Report on metropolitan horse fairs and district horse shows of 1891-92 - 1891-1892
Year: 1891
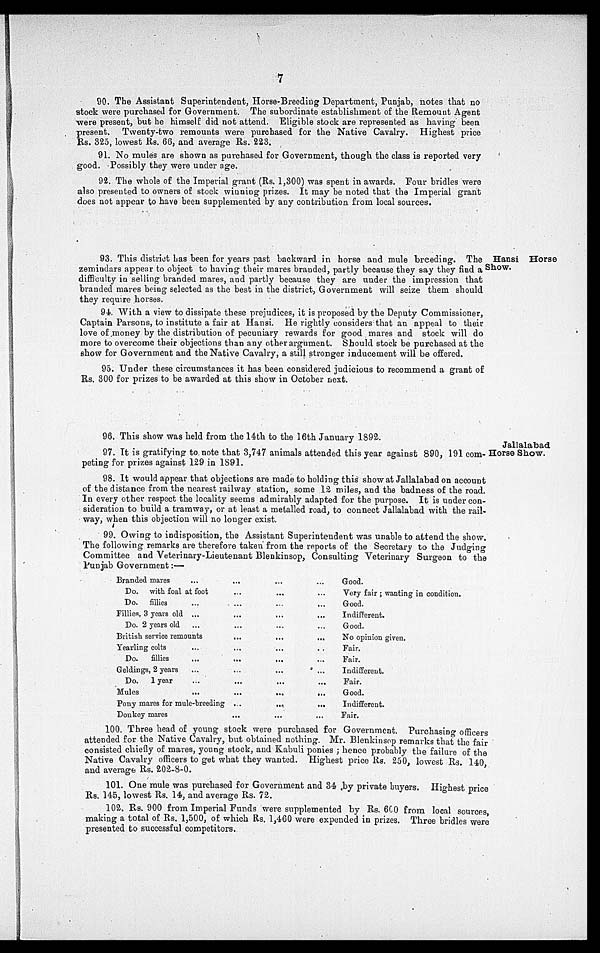
7
90. The Assistant Superintendent, Horse-Breeding Department, Punjab, notes that no
stock were purchased for Government. The subordinate establishment of the Remount Agent
were present, but he himself did not attend. Eligible stock are represented as having been
present. Twenty-two remounts were purchased for the Native Cavalry. Highest price
Rs. 325, lowest Rs. 66, and average Rs. 223.
91. No mules are shown as purchased for Government, though the class is reported very
good. Possibly they were under age.
92. The whole of the Imperial grant (Rs. 1,300) was spent in awards. Four bridles were
also presented to owners of stock winning prizes. It may be noted that the Imperial grant
does not appear to have been supplemented by any contribution from local sources.
Hansi Horse
Show.
93. This district has been for years past backward in horse and mule breeding. The
zemindars appear to object to having their mares branded, partly because they say they find a
difficulty in selling branded mares, and partly because they are under the impression that
branded mares being selected as the best in the district, Government will seize them should
they require horses.
94. With a view to dissipate these prejudices, it is proposed by the Deputy Commissioner,
Captain Parsons, to institute a fair at Hansi. He rightly considers that an appeal to their
love of money by the distribution of pecuniary rewards for good mares and stock will do
more to overcome their objections than any other argument. Should stock be purchased at the
show for Government and the Native Cavalry, a still stronger inducement will be offered.
95. Under these circumstances it has been considered judicious to recommend a grant of
Rs. 300 for prizes to be awarded at this show in October next.
Jallalabad
Horse Show.
96. This show was held from the 14-th to the 16th January 1892.
97. It is gratifying to. note that 3,747 animals attended this year against 890, 191 com-
peting for prizes against 129 in 1891.
98. It would appear that objections are made to holding this show at Jallalabad on account
of the distance from the nearest railway station, some 12 miles, and the badness of the road.
In every other respect the locality seems admirably adapted for the purpose. It is under con-
sideration to build a tramway, or at least a metalled road, to connect Jallalabad with the rail-
way, when this objection will no longer exist.
99. Owing to indisposition, the Assistant Superintendent was unable to attend the show.
The following remarks are therefore taken from the reports of the Secretary to the Judging
Committee and Veterinary-Lieutenant Blenkinsop, Consulting Veterinary Surgeon to the
Punjab Government:—
Branded mares
...
Do. with foal at foot
Do. fillies
Fillies, 3 years old
Do. 2 years old
...
...
...
British service remounts
Yearling colts
Do.
fillies
Geldings, 2 years
Do.
1 year
Mules
...
...
...
...
...
Pony mares for mule-breeding
Donkey mares
...
...
...
...
...
...
...
...
...
...
...
...
...
...
...
...
...
...
...
...
...
...
...
...
...
...
...
...
...
...
...
...
. .
...
...
...
...
...
...
Good.
Very fair; wanting in condition.
Good.
Indifferent.
Good.
No opinion given.
Fair.
Fair.
Indifferent.
Fair.
Good.
Indifferent.
Fair.
100. Three head of young stock were purchased for Government. Purchasing officers
attended for the Native Cavalry, but obtained nothing. Mr. Blenkinsop remarks that the fair
consisted chiefly of mares, young stock, and Kabuli ponies; hence probably the failure of the
Native Cavalry officers to get what they wanted. Highest price Rs. 250, lowest Rs. 140,
and average Rs. 202-8-0.
101. One mule was purchased for Government and 34 by private buyers. Highest price
Rs. 145, lowest Rs. 14, and average Rs. 72.
102. Rs. 900 from Imperial Funds were supplemented by Rs. 600 from local sources,
making a total of Rs. 1,500, of which Rs. 1,460 were expended in prizes. Three bridles were
presented to successful competitors.